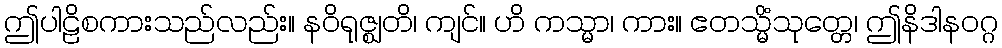
ဤပါဠိစကားသည်လည်း။ နဝိရုဇ္ဈတိ၊ ကျင်။ ဟိ ကသ္မာ၊ ကား။ ဧတသ္မိံသုတ္တေ၊ ဤနိဒါနဝဂ္ဂ